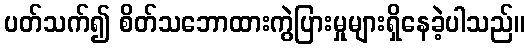
ပတ်သက်၍ စိတ်သဘောထားကွဲပြားမှုများရှိနေခဲ့ပါသည်။